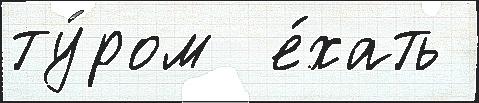
ту́ром  е́хать